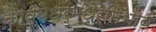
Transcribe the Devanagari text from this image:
काव्येधर्मधर्मिभाव